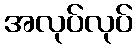
အလုပ်လုပ်